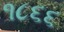
૧૮૬૬